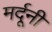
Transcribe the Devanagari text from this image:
मर्दूनी